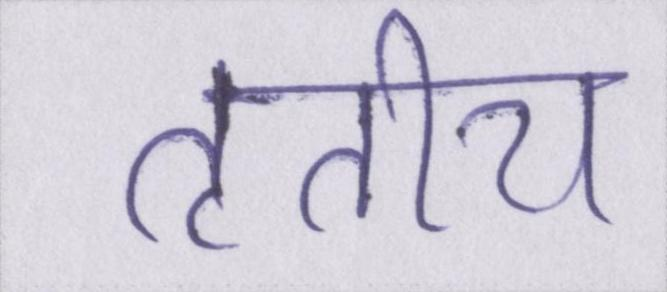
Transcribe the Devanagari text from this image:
तृतीय